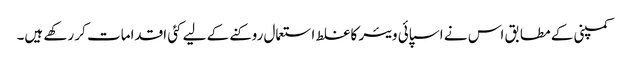
کمپنی کے مطابق اس نے اسپائی ویئر کا غلط استعمال روکنے کے لیے کئی اقدامات کر رکھے ہیں۔